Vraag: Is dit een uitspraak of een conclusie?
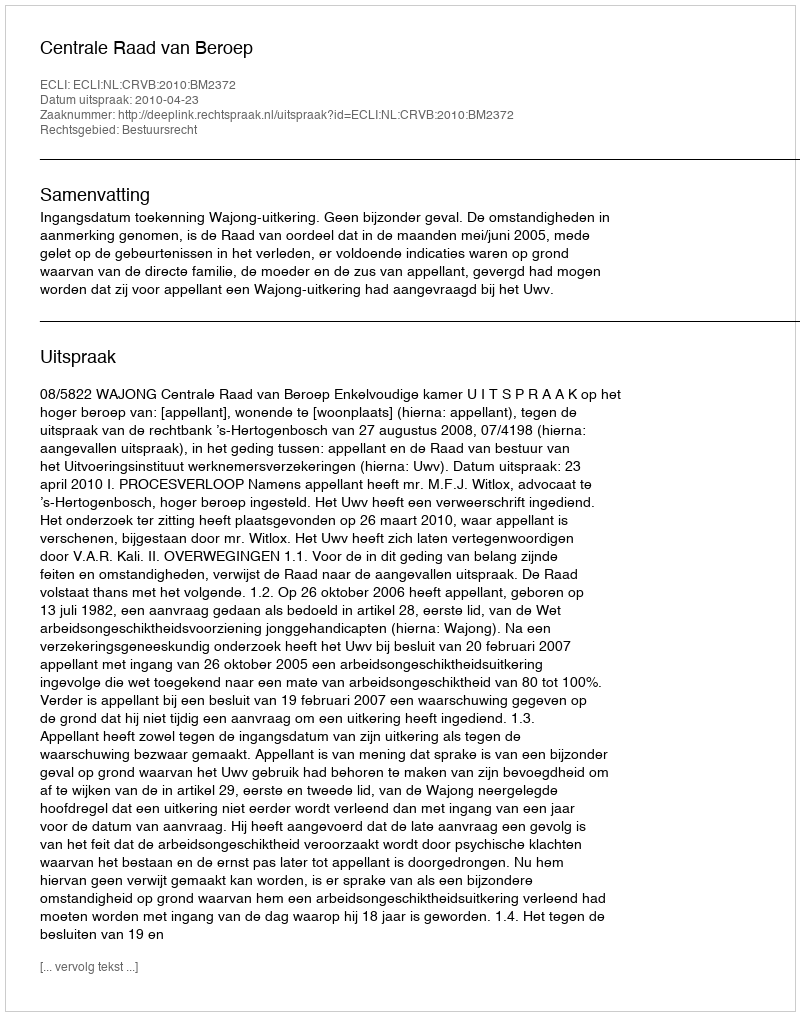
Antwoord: Uitspraak